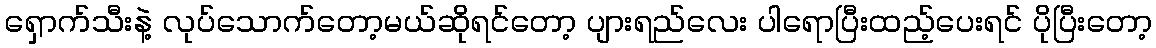
ရှောက်သီးနဲ့ လုပ်သောက်တော့မယ်ဆိုရင်တော့ ပျားရည်လေး ပါရောပြီးထည့်ပေးရင် ပိုပြီးတော့